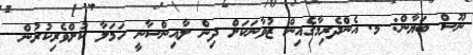
ނޫސް ބަޔާން: މ. އެންދެރިމާގެއިން ޒުވާނަކަށް ދިން ލާއިންސާނީ ހަމަލާ ކުށްވެރިކުރުން